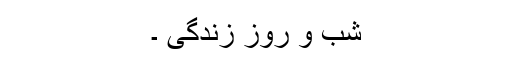
شب و روز زندگی ۔